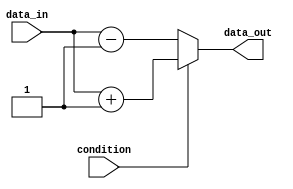
module IfElseStatement (
    input wire condition,
    input wire [7:0] data_in,
    output reg [7:0] data_out
);

always @(*) begin
    if (condition) begin
        // Statements to execute if condition is true
        data_out = data_in + 1;
    end
    else begin
        // Statements to execute if condition is false
        data_out = data_in - 1;
    end
end

endmodule